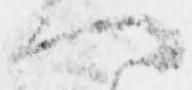
へ